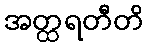
အတ္ထရတီတိ